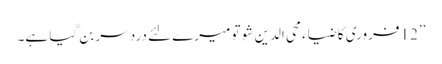
’’12 فروری کا ضیاء محی الدین شو تو میرے لئے درد سر بن گیا ہے۔